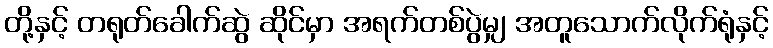
တို့နှင့် တရုတ်ခေါက်ဆွဲ ဆိုင်မှာ အရက်တစ်ပွဲမျှ အတူသောက်လိုက်ရုံနှင့်